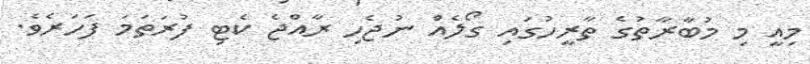
މިއީ މި މުބާރާތުގެ ތާރީހުގައި ގޯލެއް ނުޖެހި ރާއްޖެ ކެޓި ފުރަތަމަ ފަހަރެވެ.